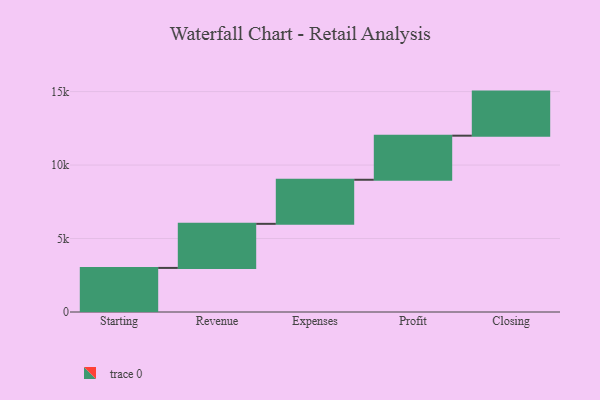
{"axis": {"x": "Step", "y": "Value"}, "legend": [""], "data": [{"x": "Starting", "y": 3000, "type": ""}, {"x": "Revenue", "y": 3000, "type": ""}, {"x": "Expenses", "y": 3000, "type": ""}, {"x": "Profit", "y": 3000, "type": ""}, {"x": "Closing", "y": 3000, "type": ""}]}